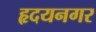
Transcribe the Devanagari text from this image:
हृदयनगर